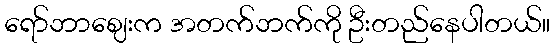
ရော်ဘာဈေးက အတက်ဘက်ကို ဦးတည်နေပါတယ်။